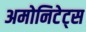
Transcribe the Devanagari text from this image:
अमोनिटेट्स